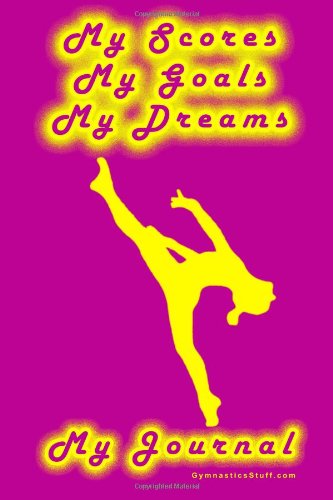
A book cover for Gymnastics Journal... My Scores, My Goals, and My Dreams; Karen M Goeller; Sports & Outdoors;